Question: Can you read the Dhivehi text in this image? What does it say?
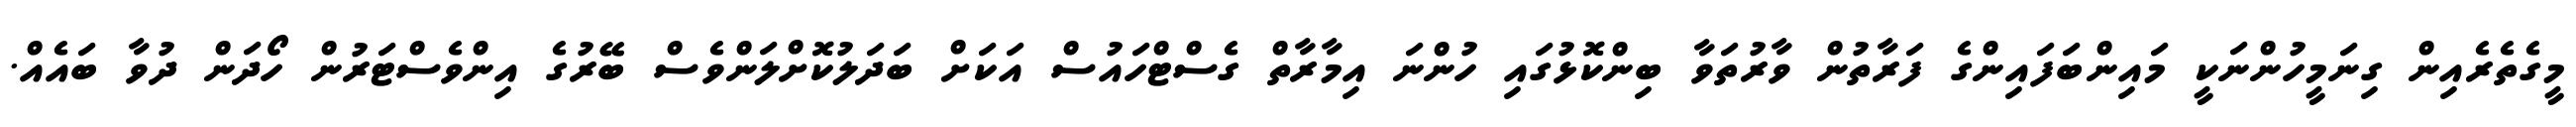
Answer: މީގެތެރެއިން ގިނަމީހުންނަކީ މައިންބަފައިންގެ ފަރާތުން ވާރުތަވާ ބިންކޮޅުގައި ހުންނަ އިމާރާތް ގެސްޓްހައުސް އަކަށް ބަދަލުކޮށްލަންވެސް ބޭރުގެ އިންވެސްޓަރުން ހޯދަން ދުވާ ބައެއް.